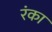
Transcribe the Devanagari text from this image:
रंका